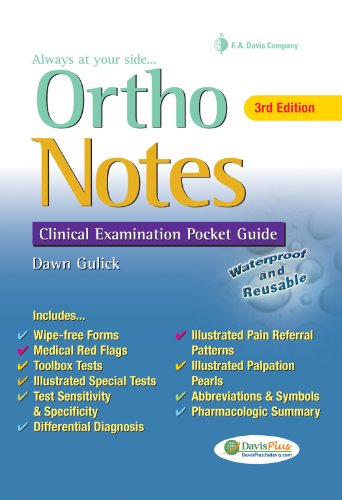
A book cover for Ortho Notes: Clinical Examination Pocket Guide (Davis's Notes); Dawn Gulick PhD  PT  ATC  CSCS; Medical Books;